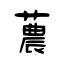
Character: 蕽